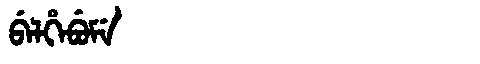
Manchu: ᠪᡝᠯᡥᡝᠪᡠᠮᡝ
Romanization: BELHEBUME